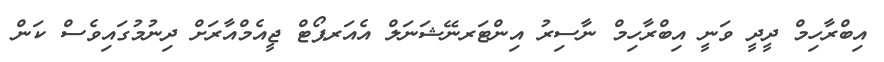
އިބްރާހިމް ދީދީ ވަނީ އިބްރާހިމް ނާސިރު އިންޓަރނޭޝަނަލް އެއަރޕޯޓް ޖީއެމްއާރަށް ދިނުމުގައިވެސް ކަން